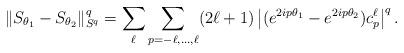
LaTeX: \begin{align*} \| S_{\theta_1} - S_{\theta_2} \|_{S^q}^q = \sum_{\ell}\sum_{p=-\ell,\dots,\ell} (2\ell+1) \left| (e^{2i p\theta_1}-e^{2i p \theta_2}) c_p^\ell\right|^q.\end{align*}